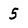
Character: 5